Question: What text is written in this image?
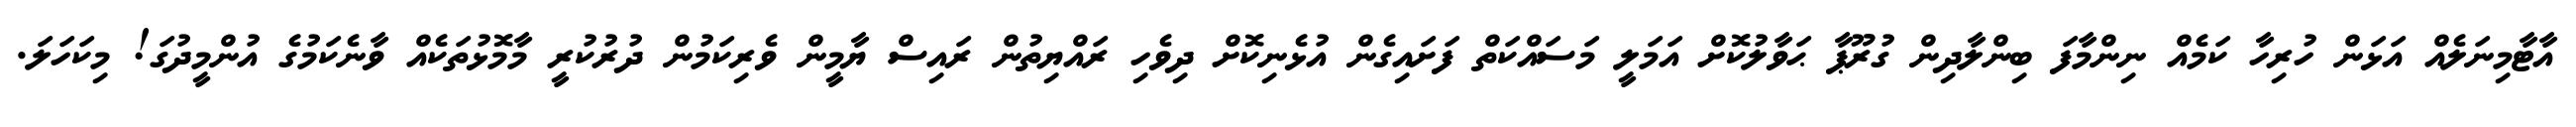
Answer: އާޓާމިނަލެއް އަޅަން ހުރިހާ ކަމެއް ނިންމާފަ ބިންލާދިން ގުރޫޕާ ޙަވާލުކޮށް އަމަލީ މަސައްކަތް ފަށައިގެން އުޅެނިކޮށް ދިވެހި ރައްޔިތުން ރައިސް ޔާމީން ވެރިކަމުން ދުރުކުރީ މާމޮޅުތަކެއް ވާނެކަމުގެ އުންމީދުގަ! މިކަހަލަ.